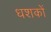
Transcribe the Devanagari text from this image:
धशकों